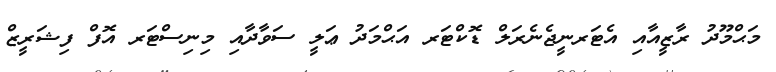
މަޙްމޫދު ރާޒީއާއި އެޓަރނީޖެނެރަލް ޑޮކްޓަރ އަޙްމަދު ޢަލީ ސަވާދާއި މިނިސްޓަރ އޮފް ފިޝަރީޒް